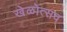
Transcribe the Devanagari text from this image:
खेळोत्सव